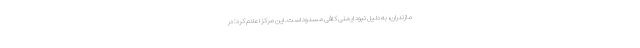
مازندران، به دلیل نبود ایمنی کافی مسدود است. این مرکز اعلام کرد: در